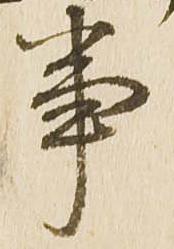
事